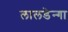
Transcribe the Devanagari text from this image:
लालडेन्गा